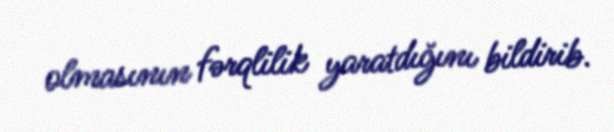
olmasının fərqlilik yaratdığını bildirib.